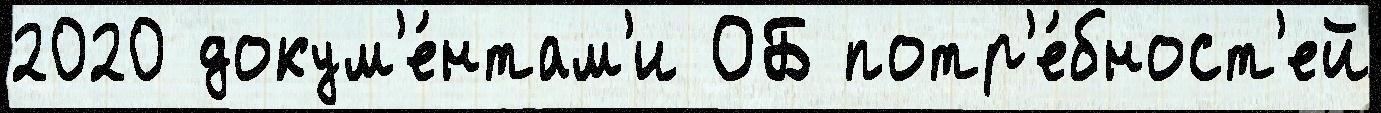
2020 докум'е́нтам'и ОБ потр'е́бност'ей